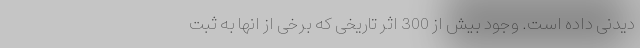
دیدنی داده است. وجود بیش از 300 اثر تاریخی که برخی از انها به ثبت